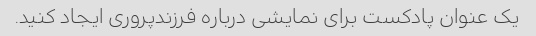
یک عنوان پادکست برای نمایشی درباره فرزندپروری ایجاد کنید.